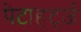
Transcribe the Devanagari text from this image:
पेटाहर्ट्ज़